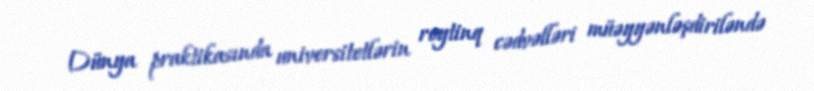
Dünya praktikasında universitetlərin reytinq cədvəlləri müəyyənləşdiriləndə